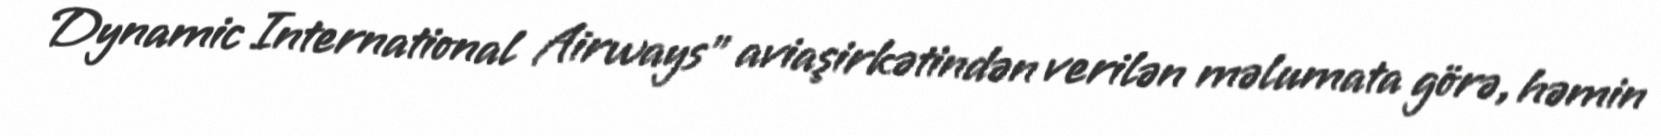
Dynamic International Airways" aviaşirkətindən verilən məlumata görə, həmin